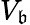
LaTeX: V_{\mathfrak{b}}